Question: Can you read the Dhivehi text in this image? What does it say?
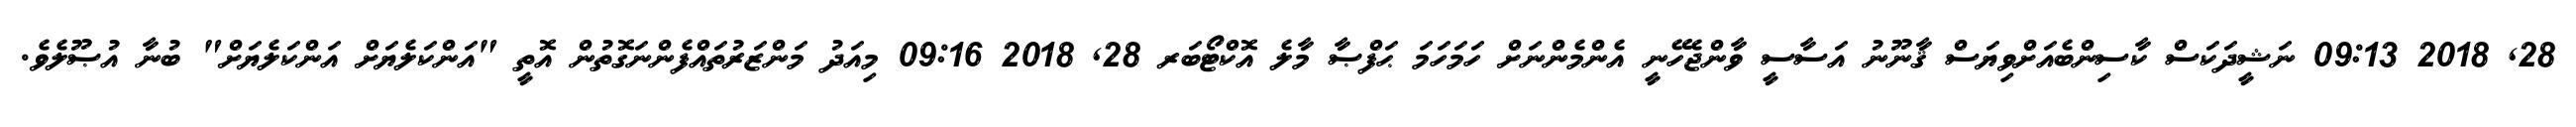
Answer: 28, 2018 09:13 ނަޝީދަކަސް ކާސިންބެއަށްވިޔަސް ޤާނޫނު އަސާސީ ވާންޖެހޭނީ އެންމެންނަށް ހަމަހަމަ ޙަފްޞާ މާލެ އޮކްޓޯބަރ 28, 2018 09:16 މިއަދު މަންޒަރުތައްފެންނަގޮތުން އޮތީ "އަންކަލެޔަށް އަންކަލެޔަށް" ބުނާ އުޞޫލެވެ.